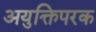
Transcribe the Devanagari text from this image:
अयुक्तिपरक